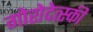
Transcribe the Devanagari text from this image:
गोरोदेत्स्की